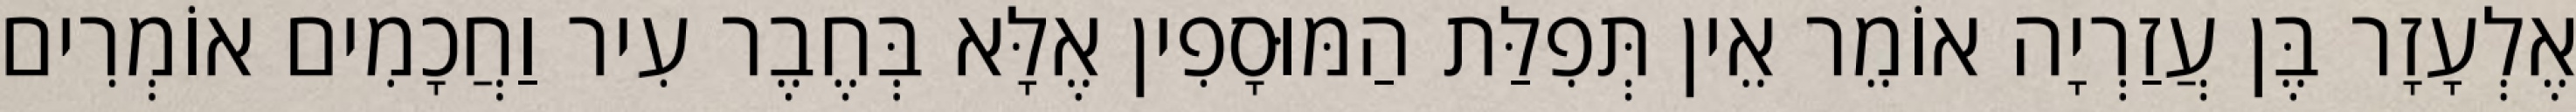
אֶלְעָזָר בֶּן עֲזַרְיָה אוֹמֵר אֵין תְּפִלַּת הַמּוּסָפִין אֶלָּא בְּחֶבֶר עִיר וַחֲכָמִים אוֹמְרִים